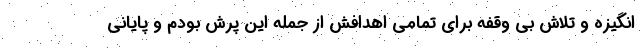
انگیزه و تلاش بی وقفه برای تمامی اهدافش از جمله این پرش بودم و پایانی